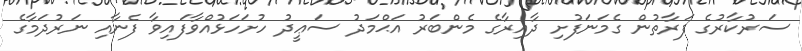
ސަރުކާރުގެ ފަރާތުން ގެމަނަފުށި ދާއިރާގެ މެންބަރު އަޙްމަދު ސަޢީދު ހުށަހަޅުއްވާފައިވާ ފެނާއި ނަރުދަމާގެ